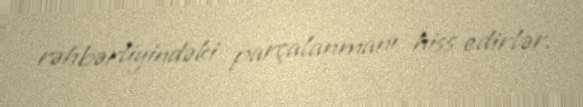
rəhbərliyindəki parçalanmanı hiss edirlər.